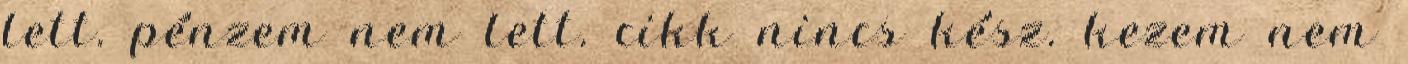
lett. pénzem nem lett. cikk nincs kész. kezem nem